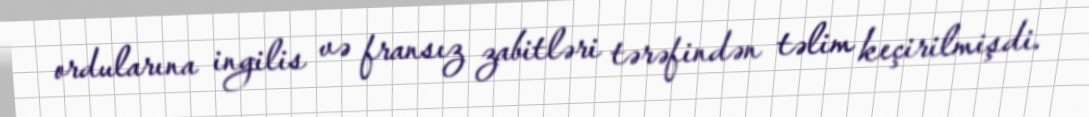
ordularına ingilis və fransız zabitləri tərəfindən təlim keçirilmişdi.